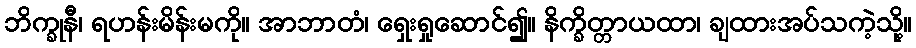
ဘိက္ခုနီ၊ ရဟန်းမိန်းမကို။ အာဘာတံ၊ ရှေးရှုဆောင်၍။ နိက္ခိတ္တာယထာ၊ ချထားအပ်သကဲ့သို့။